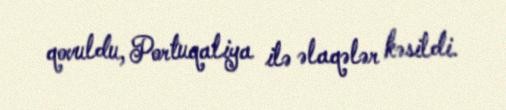
qovuldu, Portuqaliya ilə əlaqələr kəsildi.